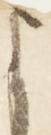
よ